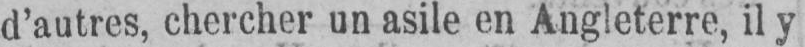
d’autres, chercher un asile en Angleterre, il y